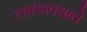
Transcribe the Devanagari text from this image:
लवंडावयाचे